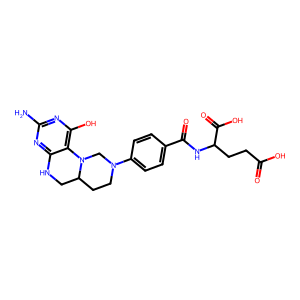
SMILES: Nc1nc(O)c2c(n1)NCC1CCN(c3ccc(C(=O)NC(CCC(=O)O)C(=O)O)cc3)CN21
Inhibits HIV replication: No